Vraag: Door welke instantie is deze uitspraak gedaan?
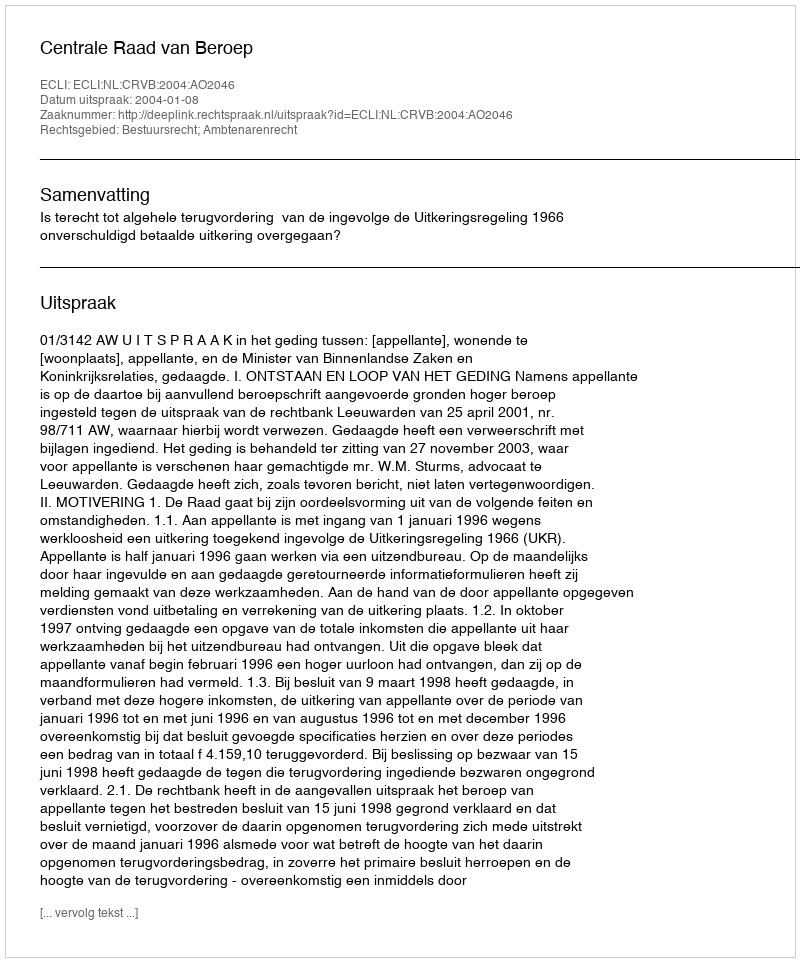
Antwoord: Centrale Raad van Beroep